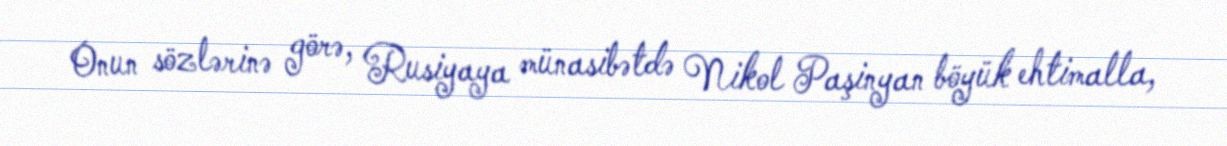
Onun sözlərinə görə, Rusiyaya münasibətdə Nikol Paşinyan böyük ehtimalla,